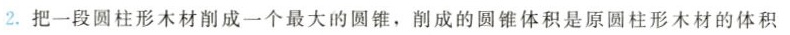
2.把一段圆柱形木材削成一个最大的圆锥，削成的圆锥体积